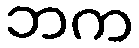
ဘက